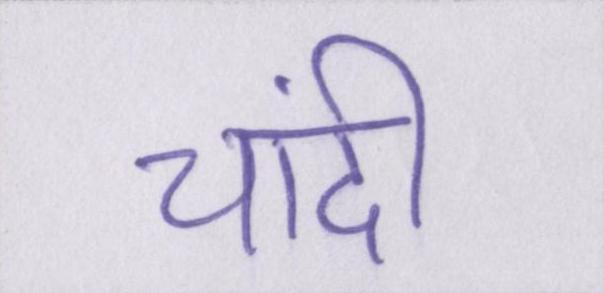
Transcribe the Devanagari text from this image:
चांदी